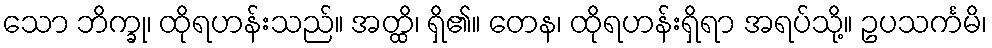
သော ဘိက္ခု၊ ထိုရဟန်းသည်။ အတ္ထိ၊ ရှိ၏။ တေန၊ ထိုရဟန်းရှိရာ အရပ်သို့။ ဥပသင်္ကမိ၊